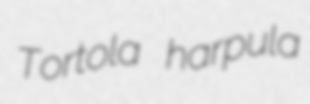
Tortola harpula